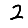
Digit: 2